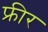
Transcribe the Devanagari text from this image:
फ्रीर